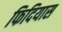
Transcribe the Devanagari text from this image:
फिदियास